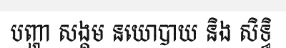
បញ្ហា សង្គម នយោបាយ និង សិទ្ធិ